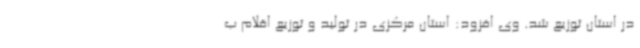
در استان توزیع شد. وی افزود: استان مرکزی در تولید و توزیع اقلام ب